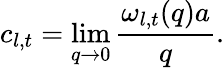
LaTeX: c_{l,t}=\operatorname*{lim}_{q\rightarrow 0}\frac{\omega_{l,t}(q)a}{q}.